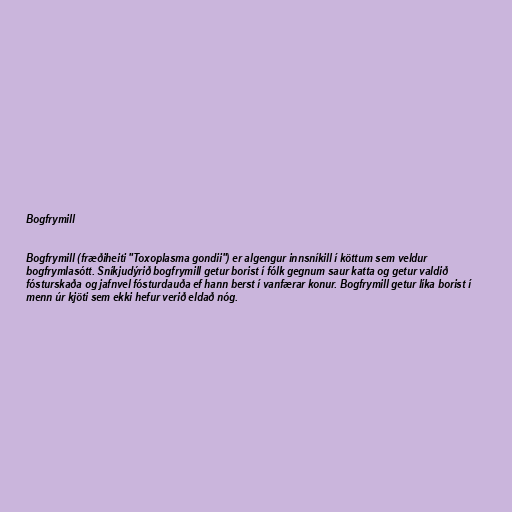
Bogfrymill

Bogfrymill (fræðiheiti "Toxoplasma gondii") er algengur innsníkill í köttum sem veldur
bogfrymlasótt. Sníkjudýrið bogfrymill getur borist í fólk gegnum saur katta og getur valdið
fósturskaða og jafnvel fósturdauða ef hann berst í vanfærar konur. Bogfrymill getur líka borist í
menn úr kjöti sem ekki hefur verið eldað nóg.